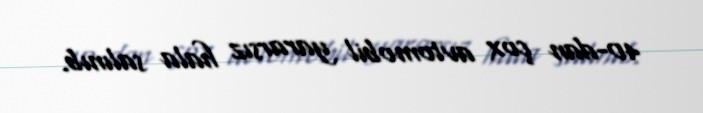
40-dan çox avtomobil yararsız hala salınıb.